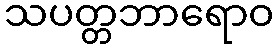
သပတ္တဘာရောဝ